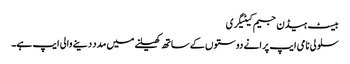
بیسٹ ہیڈن جیم کیٹیگری
سلولی نامی ایپ پرانے دوستوں کے ساتھ کھیلنے میں مدد دینے والی ایپ ہے۔